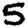
Digit: 5